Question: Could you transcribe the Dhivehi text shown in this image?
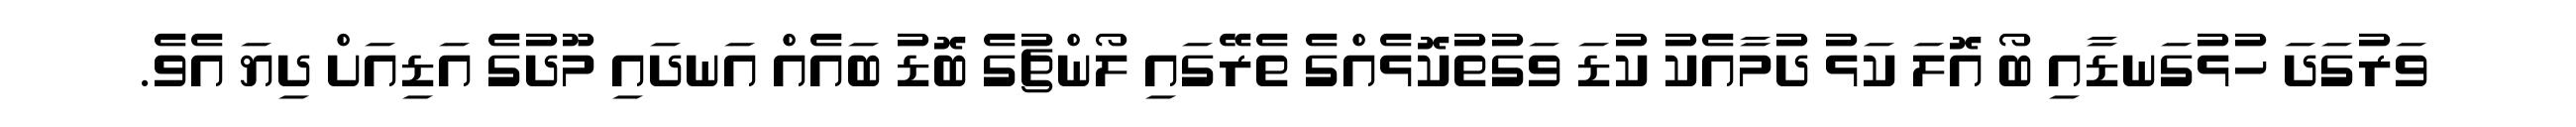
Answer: ވަރުގަދަ ހުޅުގަނޑާއި ބޯ އޮލަ ކަޅު ދުމާއެކު ކުޑަ ވަގުތުކޮޅެއްގެ ތެރޭގައި ލޯންޗުގެ ބޮޑު ބައެއް އަނދައި މޫދުގެ އަޑިއަށް ދިޔަ އެވެ.